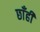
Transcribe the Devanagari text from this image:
छाँहीं